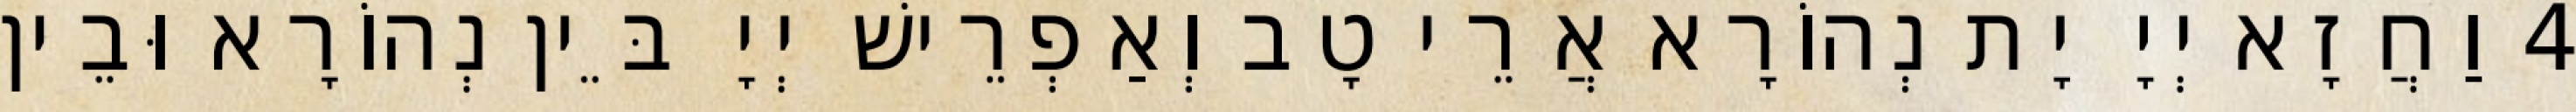
4 וַחֲזָא יְיָ יָת נְהוֹרָא אֲרֵי טָב וְאַפְרֵישׁ יְיָ בֵּין נְהוֹרָא וּבֵין